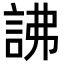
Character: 䛍